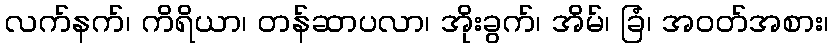
လက်နက်၊ ကိရိယာ၊ တန်ဆာပလာ၊ အိုးခွက်၊ အိမ်၊ ခြံ၊ အဝတ်အစား၊